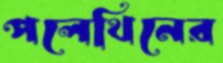
পলেথিনের